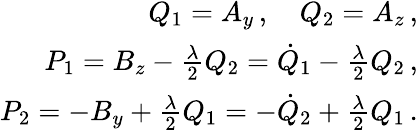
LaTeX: \begin{array}{r}{Q_{1}=A_{y}\, ,\quad Q_{2}=A_{z}\, ,}\\ {P_{1}=B_{z}-\frac{\lambda}{2}Q_{2}=\dot{Q}_{1}-\frac{\lambda}{2}Q_{2}\, ,}\\ {P_{2}=-B_{y}+\frac{\lambda}{2}Q_{1}=-\dot{Q}_{2}+\frac{\lambda}{2}Q_{1}\, .}\end{array}